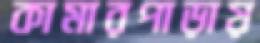
কামারপাড়ায়